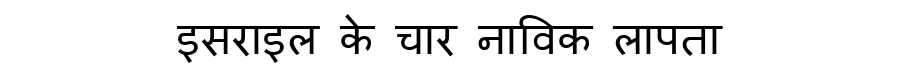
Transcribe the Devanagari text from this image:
इसराइल के चार नाविक लापता